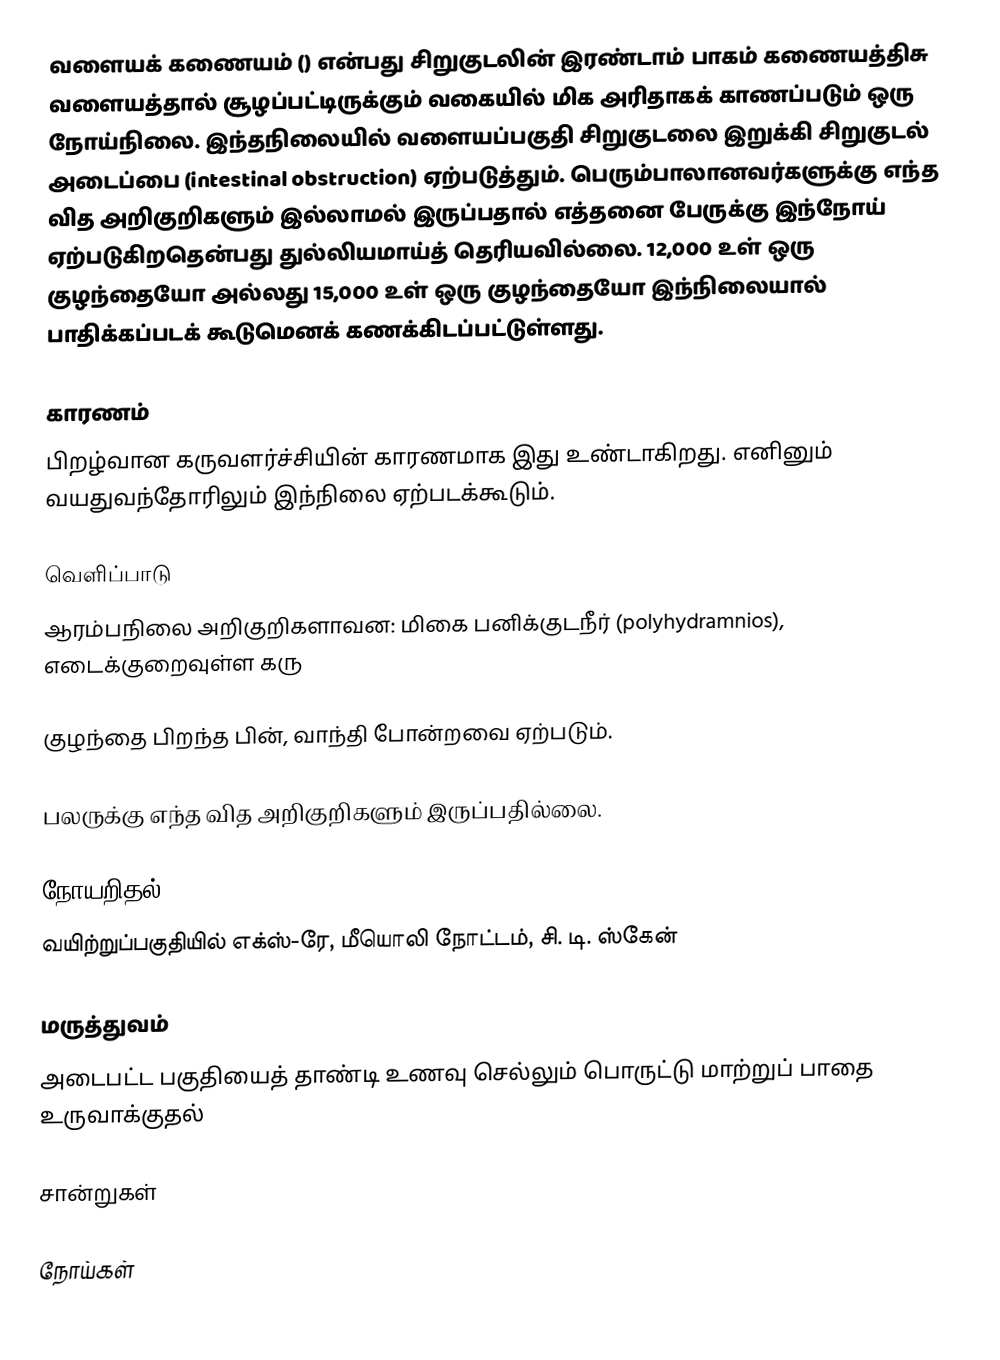
வளையக் கணையம் () என்பது சிறுகுடலின் இரண்டாம் பாகம் கணையத்திசு வளையத்தால் சூழப்பட்டிருக்கும் வகையில் மிக அரிதாகக் காணப்படும் ஒரு நோய்நிலை. இந்தநிலையில் வளையப்பகுதி சிறுகுடலை இறுக்கி சிறுகுடல் அடைப்பை (intestinal obstruction) ஏற்படுத்தும். பெரும்பாலானவர்களுக்கு எந்த வித அறிகுறிகளும் இல்லாமல் இருப்பதால்  எத்தனை பேருக்கு இந்நோய் ஏற்படுகிறதென்பது துல்லியமாய்த் தெரியவில்லை. 12,000 உள் ஒரு குழந்தையோ அல்லது 15,000 உள் ஒரு குழந்தையோ இந்நிலையால் பாதிக்கப்படக் கூடுமெனக் கணக்கிடப்பட்டுள்ளது.

காரணம்
பிறழ்வான கருவளர்ச்சியின் காரணமாக இது உண்டாகிறது. எனினும் வயதுவந்தோரிலும் இந்நிலை ஏற்படக்கூடும்.

வெளிப்பாடு
ஆரம்பநிலை அறிகுறிகளாவன: மிகை பனிக்குடநீர் (polyhydramnios), எடைக்குறைவுள்ள கரு

குழந்தை பிறந்த பின், வாந்தி போன்றவை ஏற்படும்.

பலருக்கு எந்த வித அறிகுறிகளும் இருப்பதில்லை.

நோயறிதல்
வயிற்றுப்பகுதியில் எக்ஸ்-ரே, மீயொலி நோட்டம், சி. டி. ஸ்கேன்

மருத்துவம்
அடைபட்ட பகுதியைத் தாண்டி உணவு செல்லும் பொருட்டு மாற்றுப் பாதை உருவாக்குதல்

சான்றுகள்

நோய்கள்